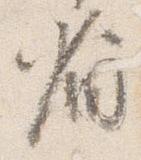
省